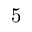
5